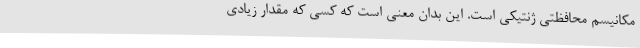
مکانیسم محافظتی ژنتیکی است. این بدان معنی است که کسی که مقدار زیادی